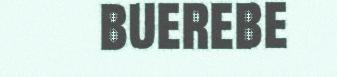
buerebe